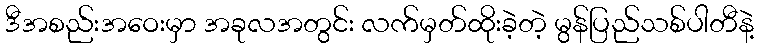
ဒီအစည်းအဝေးမှာ အခုလအတွင်း လက်မှတ်ထိုးခဲ့တဲ့ မွန်ပြည်သစ်ပါတီနဲ့